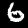
Label: 6